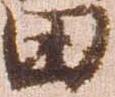
田